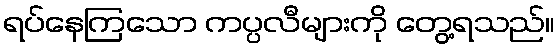
ရပ်နေကြသော ကပ္ပလီများကို တွေ့ရသည်။